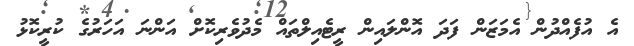
އެ އުފެއްދުން އެމަޒަން ފަދަ އޮންލައިން ރީޓެއިލްތައް މެދުވެރިކޮށް އަންނަ އަހަރުގެ ކުރީކޮޅު